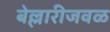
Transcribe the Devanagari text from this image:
बेल्लारीजवळ